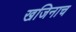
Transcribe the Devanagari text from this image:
खजिनाच